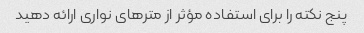
پنج نکته را برای استفاده مؤثر از مترهای نواری ارائه دهید